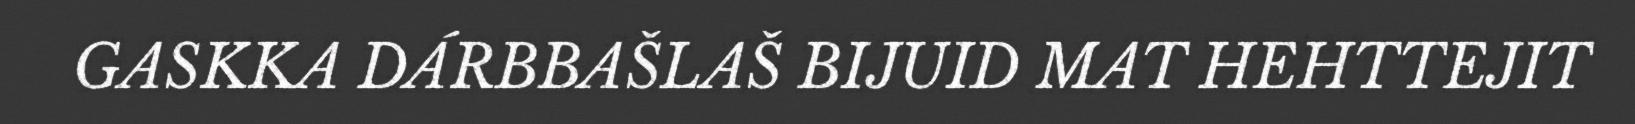
GASKKA DÁRBBAŠLAŠ BIJUID MAT HEHTTEJIT